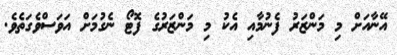
އޭނާއަށް މި މަންޒަރު ފެނުމާއި އެކު މި މަންޒަރުގެ ފޮޓޯ ނެގުމަށް އަވަސްވެގަތެވެ.